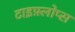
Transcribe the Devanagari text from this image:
टाइफ़्लोप्स